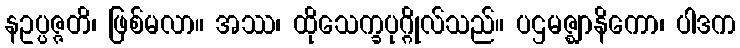
နဥပ္ပဇ္ဇတိ၊ ဖြစ်မလာ။ အဿ၊ ထိုသေက္ခပုဂ္ဂိုလ်သည်။ ပဌမဇ္ဈာနိကော၊ ပါဒက